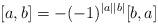
LaTeX: \begin{align*}[a,b]=-(-1)^{|a||b|}[b,a]\end{align*}